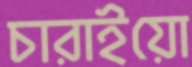
চারাইয়ো